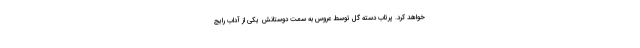
خواهد کرد. پرتاب دسته گل توسط عروس به سمت دوستانش یکی از آداب رایج